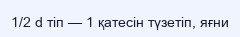
1/2 d тіп — 1 қатесін түзетіп, яғни